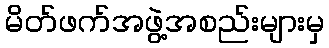
မိတ်ဖက်အဖွဲ့အစည်းများမှ